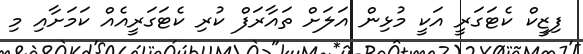
ފިޒީކް ކެޓަގަރީ އަކީ މުޅިން އަލަށް ތައާރަފް ކުރި ކެޓަގަރީއެއް ކަމަށާއި މި